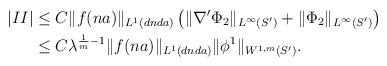
LaTeX: \begin{align*}|II| &\leq C \Vert f(na)\Vert_{L^1(dnda)} \left( \Vert \nabla' \Phi_2\Vert_{L^{\infty}(S')} + \Vert \Phi_2\Vert_{L^{\infty}(S')} \right) \\& \leq C \lambda^{\frac{1}{m}-1} \Vert f(na)\Vert_{L^1(dnda)} \Vert \phi^1\Vert_{W^{1,m}(S')}. \end{align*}